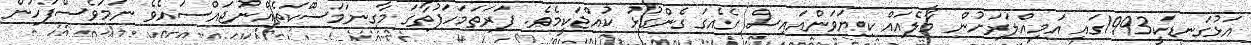
އަޅުގަނޑަކީ1993ގައި އަމިއްލަރަށުން މާލެއައް ކިޔަވަންއައިސް ގެއެގަ ގެންގުޅު ކުއްޖަކީމެވެ. ފަރަތަމަހަފުތާގަ މާގިނަމަސްްކަތެއްނުޖައްސައެވެ ނަމަވެސްފަހުން